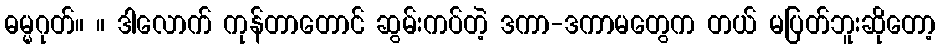
ဓမ္မဂုတ်။ ။ ဒါလောက် ကုန်တာတောင် ဆွမ်းကပ်တဲ့ ဒကာ-ဒကာမတွေက တယ် မပြတ်ဘူးဆိုတော့